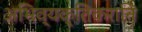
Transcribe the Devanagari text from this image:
अभिव्यक्तिकरानि